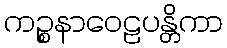
ကဉ္စနာဝေဠပန္တိကာ